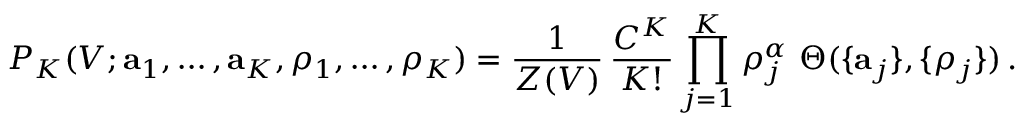
P _ { K } ( V ; { \bf a } _ { 1 } , \ldots , { \bf a } _ { K } , \rho _ { 1 } , \ldots , \rho _ { K } ) = \frac { 1 } { Z ( V ) } \, \frac { C ^ { K } } { K ! } \prod _ { j = 1 } ^ { K } \rho _ { j } ^ { \alpha } \ \Theta ( \{ { \bf a } _ { j } \} , \{ \rho _ { j } \} ) \, .